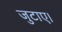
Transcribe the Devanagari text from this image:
जुटाए।